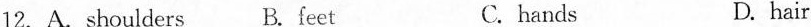
12. A.shoulders B. feet C. hands D. hair